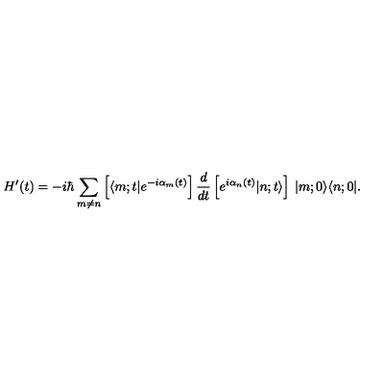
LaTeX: H ^ { \prime } ( t ) = - i \hbar \sum _ { m \neq n } \left[ \langle m ; t | e ^ { - i \alpha _ { m } ( t ) } \right] \frac { d } { d t } \left[ e ^ { i \alpha _ { n } ( t ) } | n ; t \rangle \right] \: | m ; 0 \rangle \langle n ; 0 | .